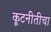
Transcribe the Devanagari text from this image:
कूटनीतीचा